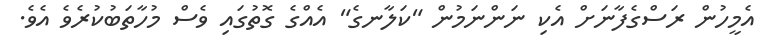
އެމީހުން ރަސްގެފާނަށް އެކި ނަންނަމުން "ކަލާނގެ" އެއްގެ ގޮތުގައި ވެސް މުހާތަބުކުރެވެ އެވެ.